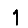
Digit: 1